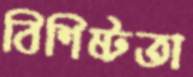
বিশিষ্টতা